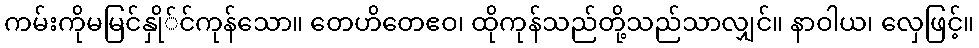
ကမ်းကိုမမြင်နှို်င်ကုန်သော။ တေဟိတေဧဝ၊ ထိုကုန်သည်တို့သည်သာလျှင်။ နာဝါယ၊ လှေဖြင့်။